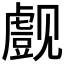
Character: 𰴞